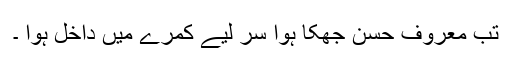
تب معروف حسن جھکا ہوا سر لیے کمرے میں داخل ہوا ۔